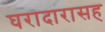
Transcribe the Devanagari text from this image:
घरादारासह